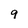
Character: 9